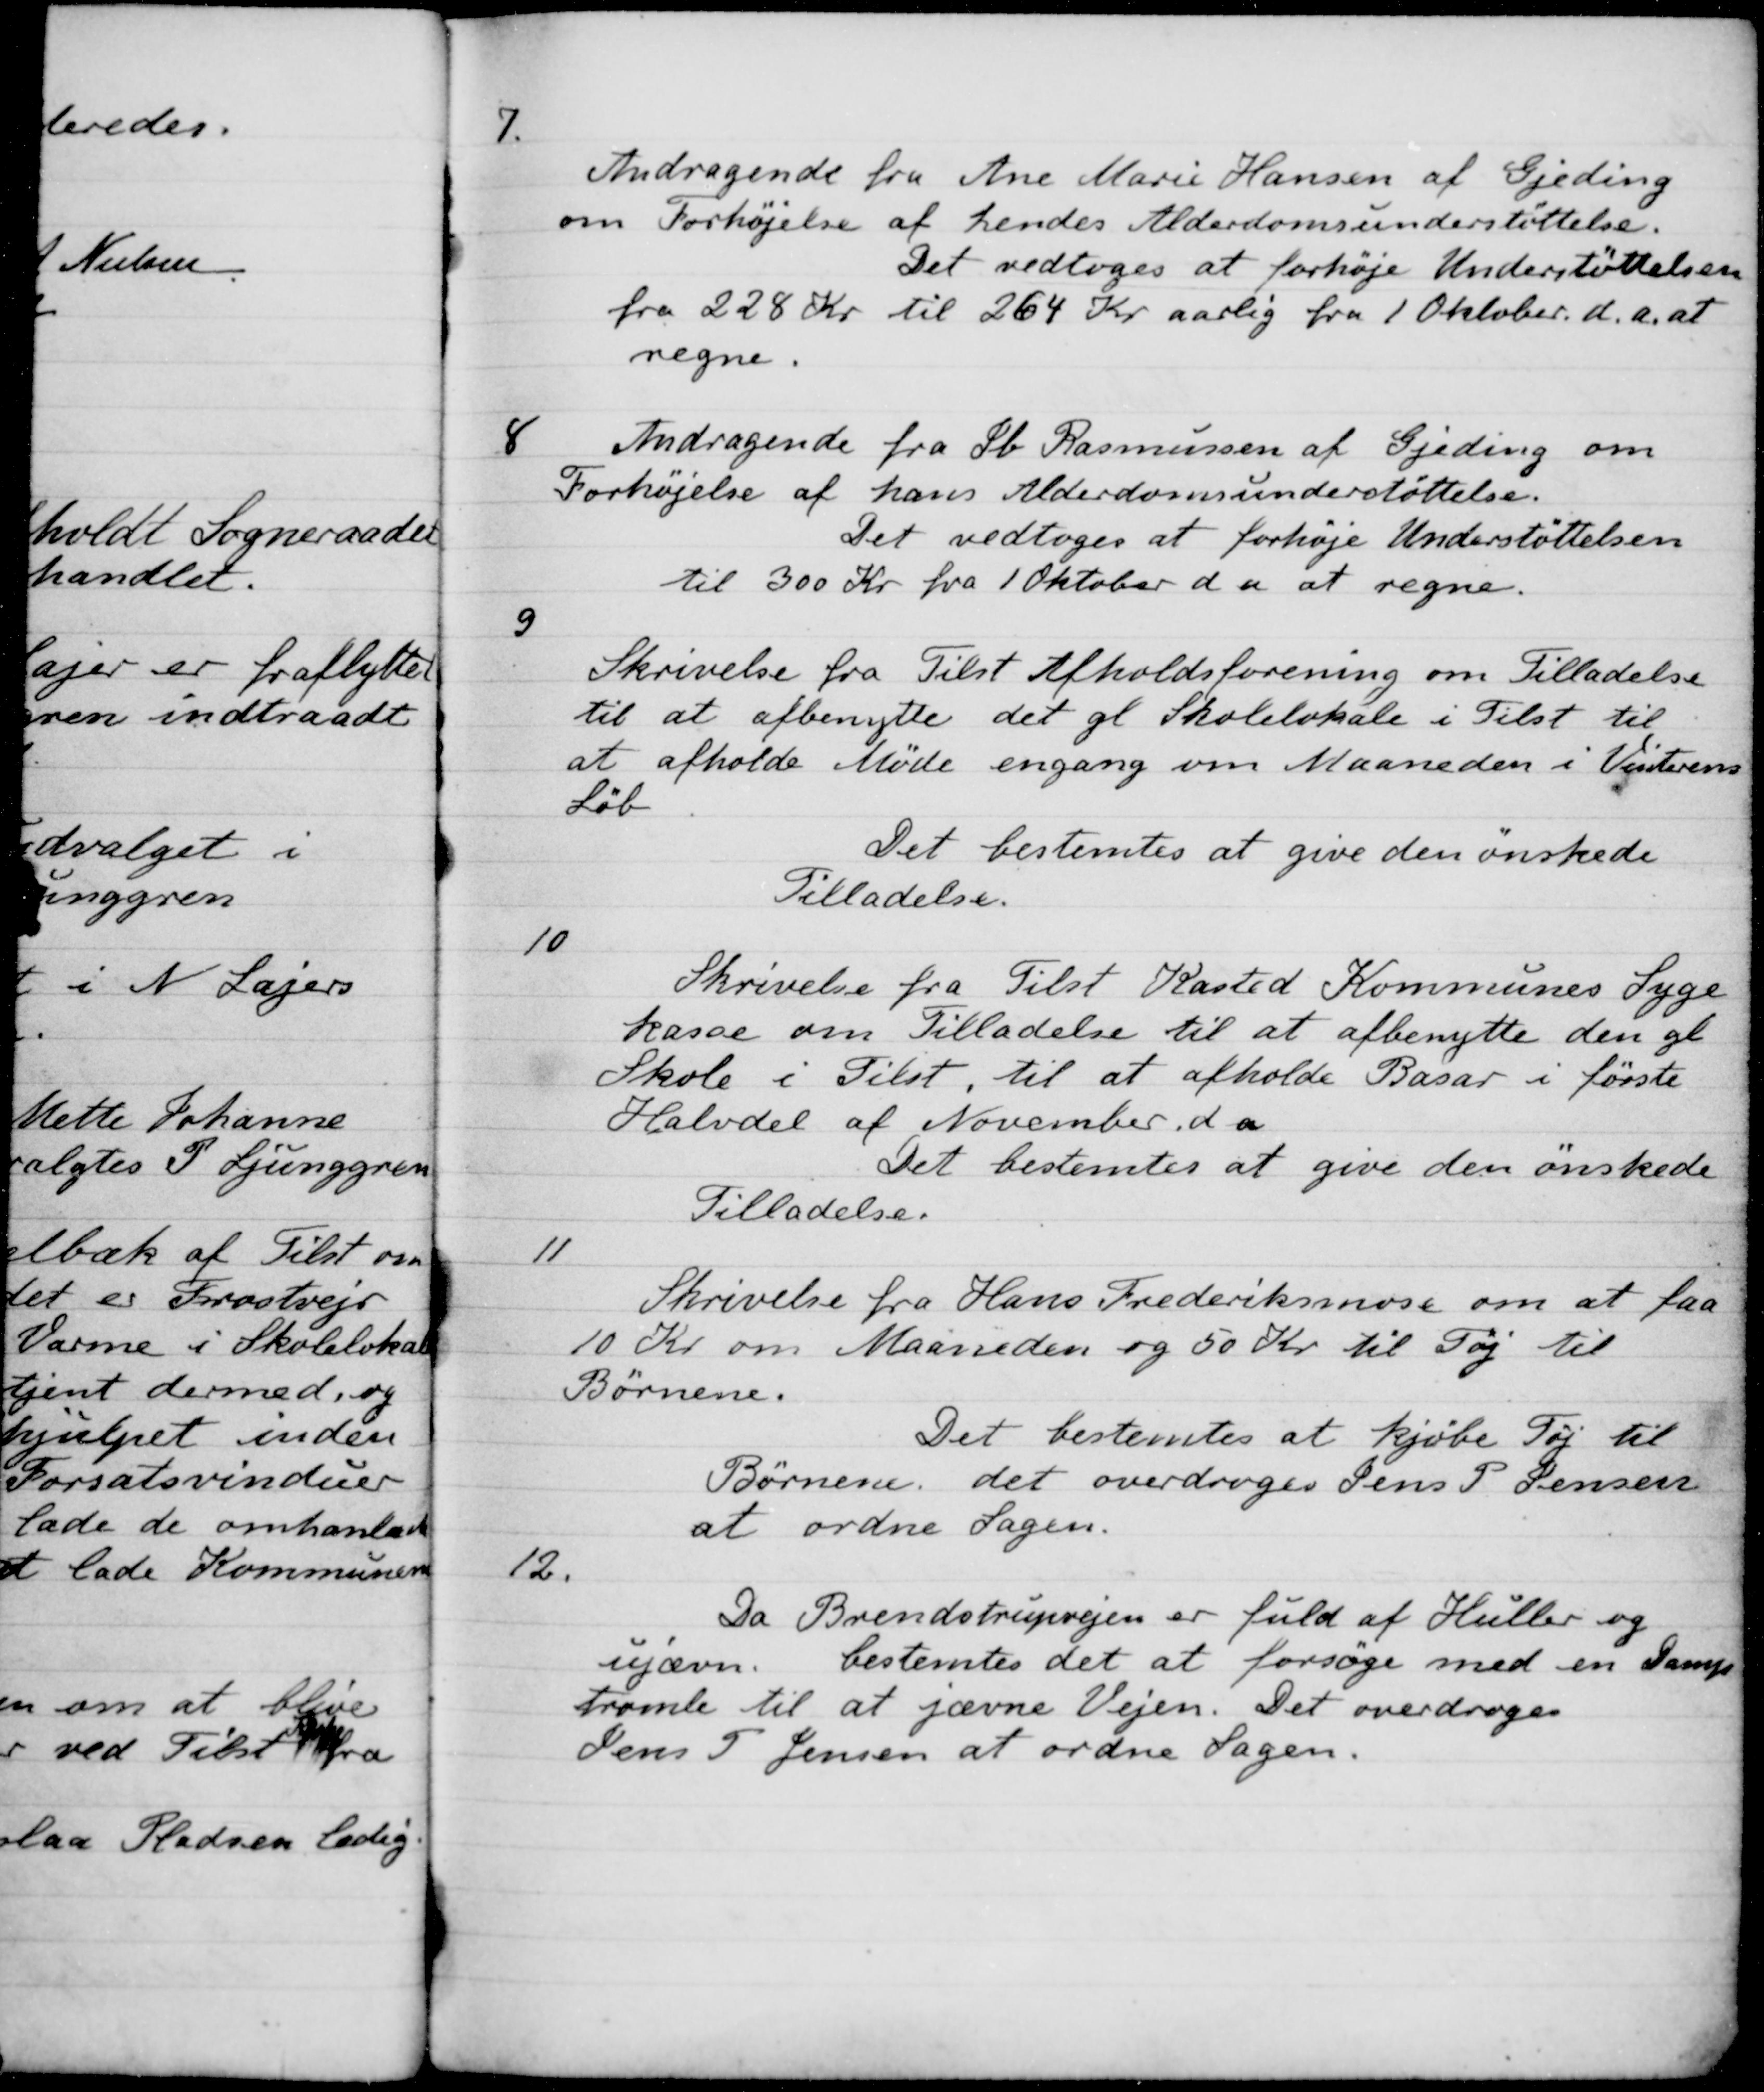
Transskription:
7.
Andragende fra Ane Marie Hansen af Gjeding
om Forhøjelse af hendes Alderdomsunderstøttelse.
Det vedtoges at forhøje Understøttelsen
fra 228 Kr til 264 Kr aarlig fra 1 Oktober d. a. at
regne.
8
Andragende fra Ib Rasmussen af Gjeding om
Forhøjelse af hans Alderdomsunderstøttelse.
Det vedtoges at forhøje Understøttelsen
til 300 Kr. fra 1 Oktober d a at regne.
9
Skrivelse fra Tilst Afholdsforening om Tilladelse
til at afbenytte det gl Skolelokale i Tilst til
at afholde Møde engang om Maaneden i Vinterens
Løb
Det bestemtes at give den ønskede
Tilladelse.
10
Skrivelse fra Tilst Kasted Kommunes Syge-
kasse om Tilladelse til at afbenytte den gl
Skole i Tilst, til at afholde Basar i første
Halvdel af November d a
Det bestemtes at give den ønskede
Tilladelse.
11
Skrivelse fra Hans Frederiksmose om at faa
10 Kr om Maaneden og 50 Kr til Tøj til
Børnene.
Det bestemtes at kjøbe Tøj til
Børnene, det overdroges Jens P. Jensen
at ordne Sagen.
12.
Da Brendstrupvejen er fuld af Huller og
ujævn. bestemtes det at forsøge med en Damp-
tromle til at jævne Vejen. Det overdroges
Jens P. Jensen at ordne Sagen.